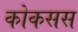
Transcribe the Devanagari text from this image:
कोकसस